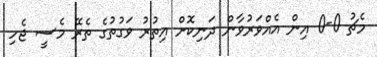
މެޗު 0-0 އިން އެއްވަރުވާން ދަނިކޮށް އިތުރު ވަގުތުގެ ތެރޭ މެސީ ޖެހި